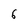
Character: 6